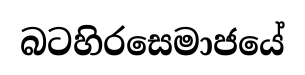
බටහිරසෙමාජයේ